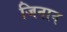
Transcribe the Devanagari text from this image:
जिनान